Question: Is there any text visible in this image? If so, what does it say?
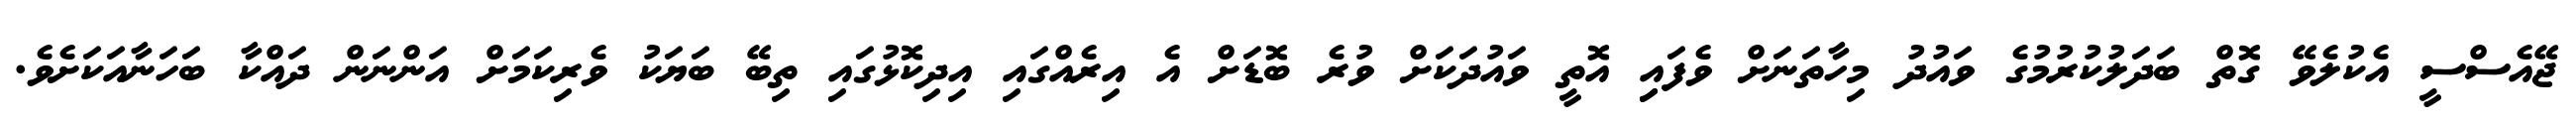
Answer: ޖޭއެސްސީ އެކުލެވޭ ގޮތް ބަދަލުކުރުމުގެ ވައުދު މިހާތަނަށް ވެފައިި އޮތީ ވައުދަކަށް ވުރެ ބޮޑަށް އެ އިރެއްގައި އިދިކޮޅުގައި ތިބޭ ބަޔަކު ވެރިކަމަށް އަންނަން ދައްކާ ބަހަނާއަކަށެވެ.